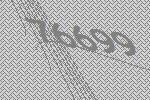
76699